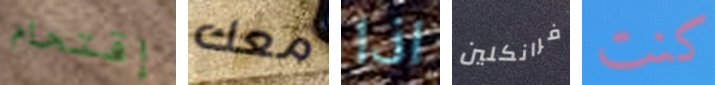
إقتحام معك اذا فرانكلين كنت